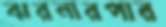
ঝরনারপার